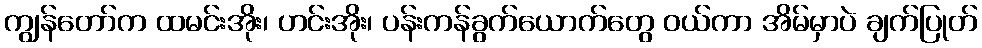
ကျွန်တော်က ထမင်းအိုး၊ ဟင်းအိုး၊ ပန်းကန်ခွက်ယောက်တွေ ဝယ်ကာ အိမ်မှာပဲ ချက်ပြုတ်